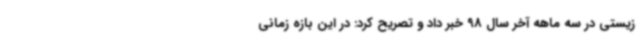
زیستی در سه ماهه آخر سال 98 خبر داد و تصریح کرد: در این بازه زمانی